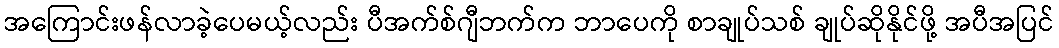
အကြောင်းဖန်လာခဲ့ပေမယ့်လည်း ပီအက်စ်ဂျီဘက်က ဘာပေကို စာချုပ်သစ် ချုပ်ဆိုနိုင်ဖို့ အပီအပြင်